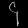
Digit: ၄